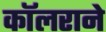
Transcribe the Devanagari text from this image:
कॉलराने